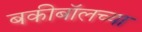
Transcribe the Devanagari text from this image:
बकीबॉलच्या